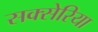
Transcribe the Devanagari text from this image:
सक्सेरिया